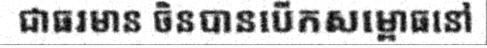
ជាធរមាន ចិនបានបើកសម្ពោធនៅ